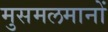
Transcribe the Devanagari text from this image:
मुसमलमानों